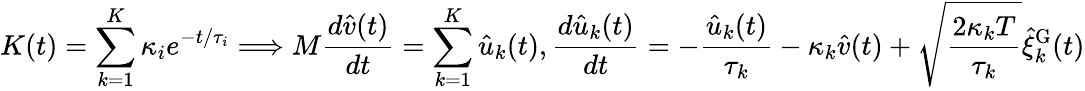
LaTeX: K(t)=\sum_{k=1}^{K}\kappa_{i}e^{-t/\tau_{i}}\Longrightarrow M\frac{d\hat{v}(t)}{dt}=\sum_{k=1}^{K}\hat{u}_{k}(t),\frac{d\hat{u}_{k}(t)}{dt}=-\frac{\hat{u}_{k}(t)}{\tau_{k}}-\kappa_{k}\hat{v}(t)+\sqrt{\frac{2\kappa_{k}T}{\tau_{k}}}\hat{\xi}_{k}^{\mathrm{G}}(t)